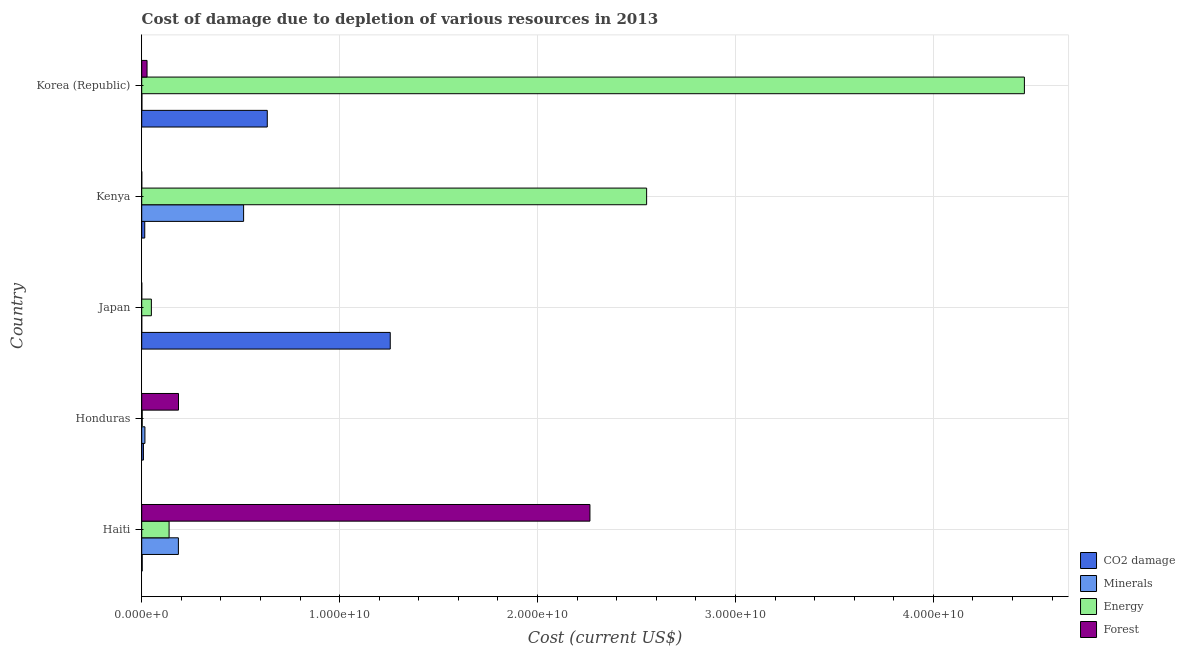
| Country | CO2 damage | Minerals | Energy | Forest |
 | --- | --- | --- | --- | --- |
 | Haiti | 2.43e+07 | 1.85e+09 | 1.38e+09 | 2.26e+10 |
 | Honduras | 8.56e+07 | 1.62e+08 | 2.46e+07 | 1.86e+09 |
 | Japan | 1.26e+10 | 3.1e+05 | 4.87e+08 | 2.51e+05 |
 | Kenya | 1.53e+08 | 5.15e+09 | 2.55e+10 | 1.54e+06 |
 | Korea (Republic) | 6.34e+09 | 8.6e+06 | 4.46e+10 | 2.69e+08 |